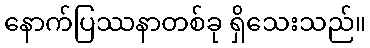
နောက်ပြဿနာတစ်ခု ရှိသေးသည်။